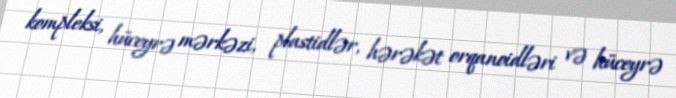
kompleksi, hüceyrə mərkəzi, plastidlər, hərəkət orqanoidləri və hüceyrə